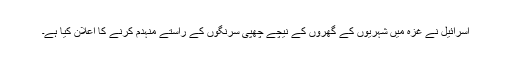
اسرائیل نے غزہ میں شہریوں کے گھروں کے نیچے چھپی سرنگوں کے راستے منہدم کرنے کا اعلان کیا ہے۔